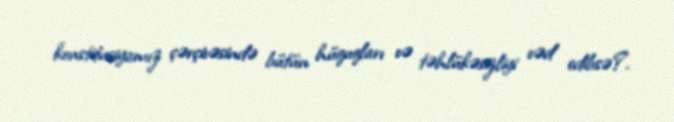
konstitusiyamız çərçivəsində bütün hüquqları və təhlükəsizliyi vəd edibsə?.